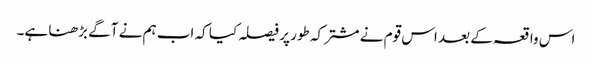
اس واقعہ کے بعد اس قوم نے مشترکہ طور پر فیصلہ کیا کہ اب ہم نے آگے بڑھنا ہے۔